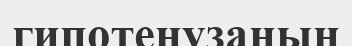
гипотенузаның